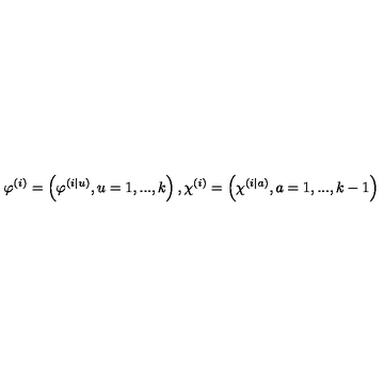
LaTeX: \varphi ^ { \left( i \right) } = \left( \varphi ^ { \left( i | u \right) } , u = 1 , . . . , k \right) , \chi ^ { \left( i \right) } = \left( \chi ^ { \left( i | a \right) } , a = 1 , . . . , k - 1 \right)